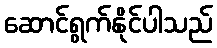
ဆောင်ရွက်နိုင်ပါသည်